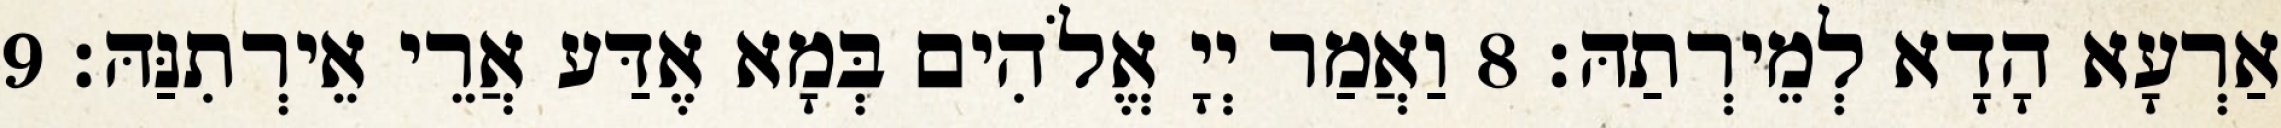
אַרְעָא הָדָא לְמֵירְתַהּ׃ 8 וַאֲמַר יְיָ אֱלֹהִים בְּמָא אֶדַּע אֲרֵי אֵירְתִנַּהּ׃ 9